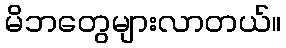
မိဘတွေများလာတယ်။